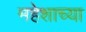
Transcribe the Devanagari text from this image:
महेशाच्या